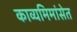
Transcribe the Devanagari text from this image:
काव्यमिमांसेत